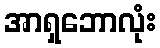
အာရှဘောလုံး